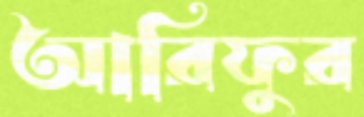
আরিফুর